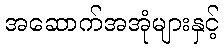
အဆောက်အအုံများနှင့်